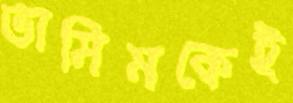
তামিমকেই